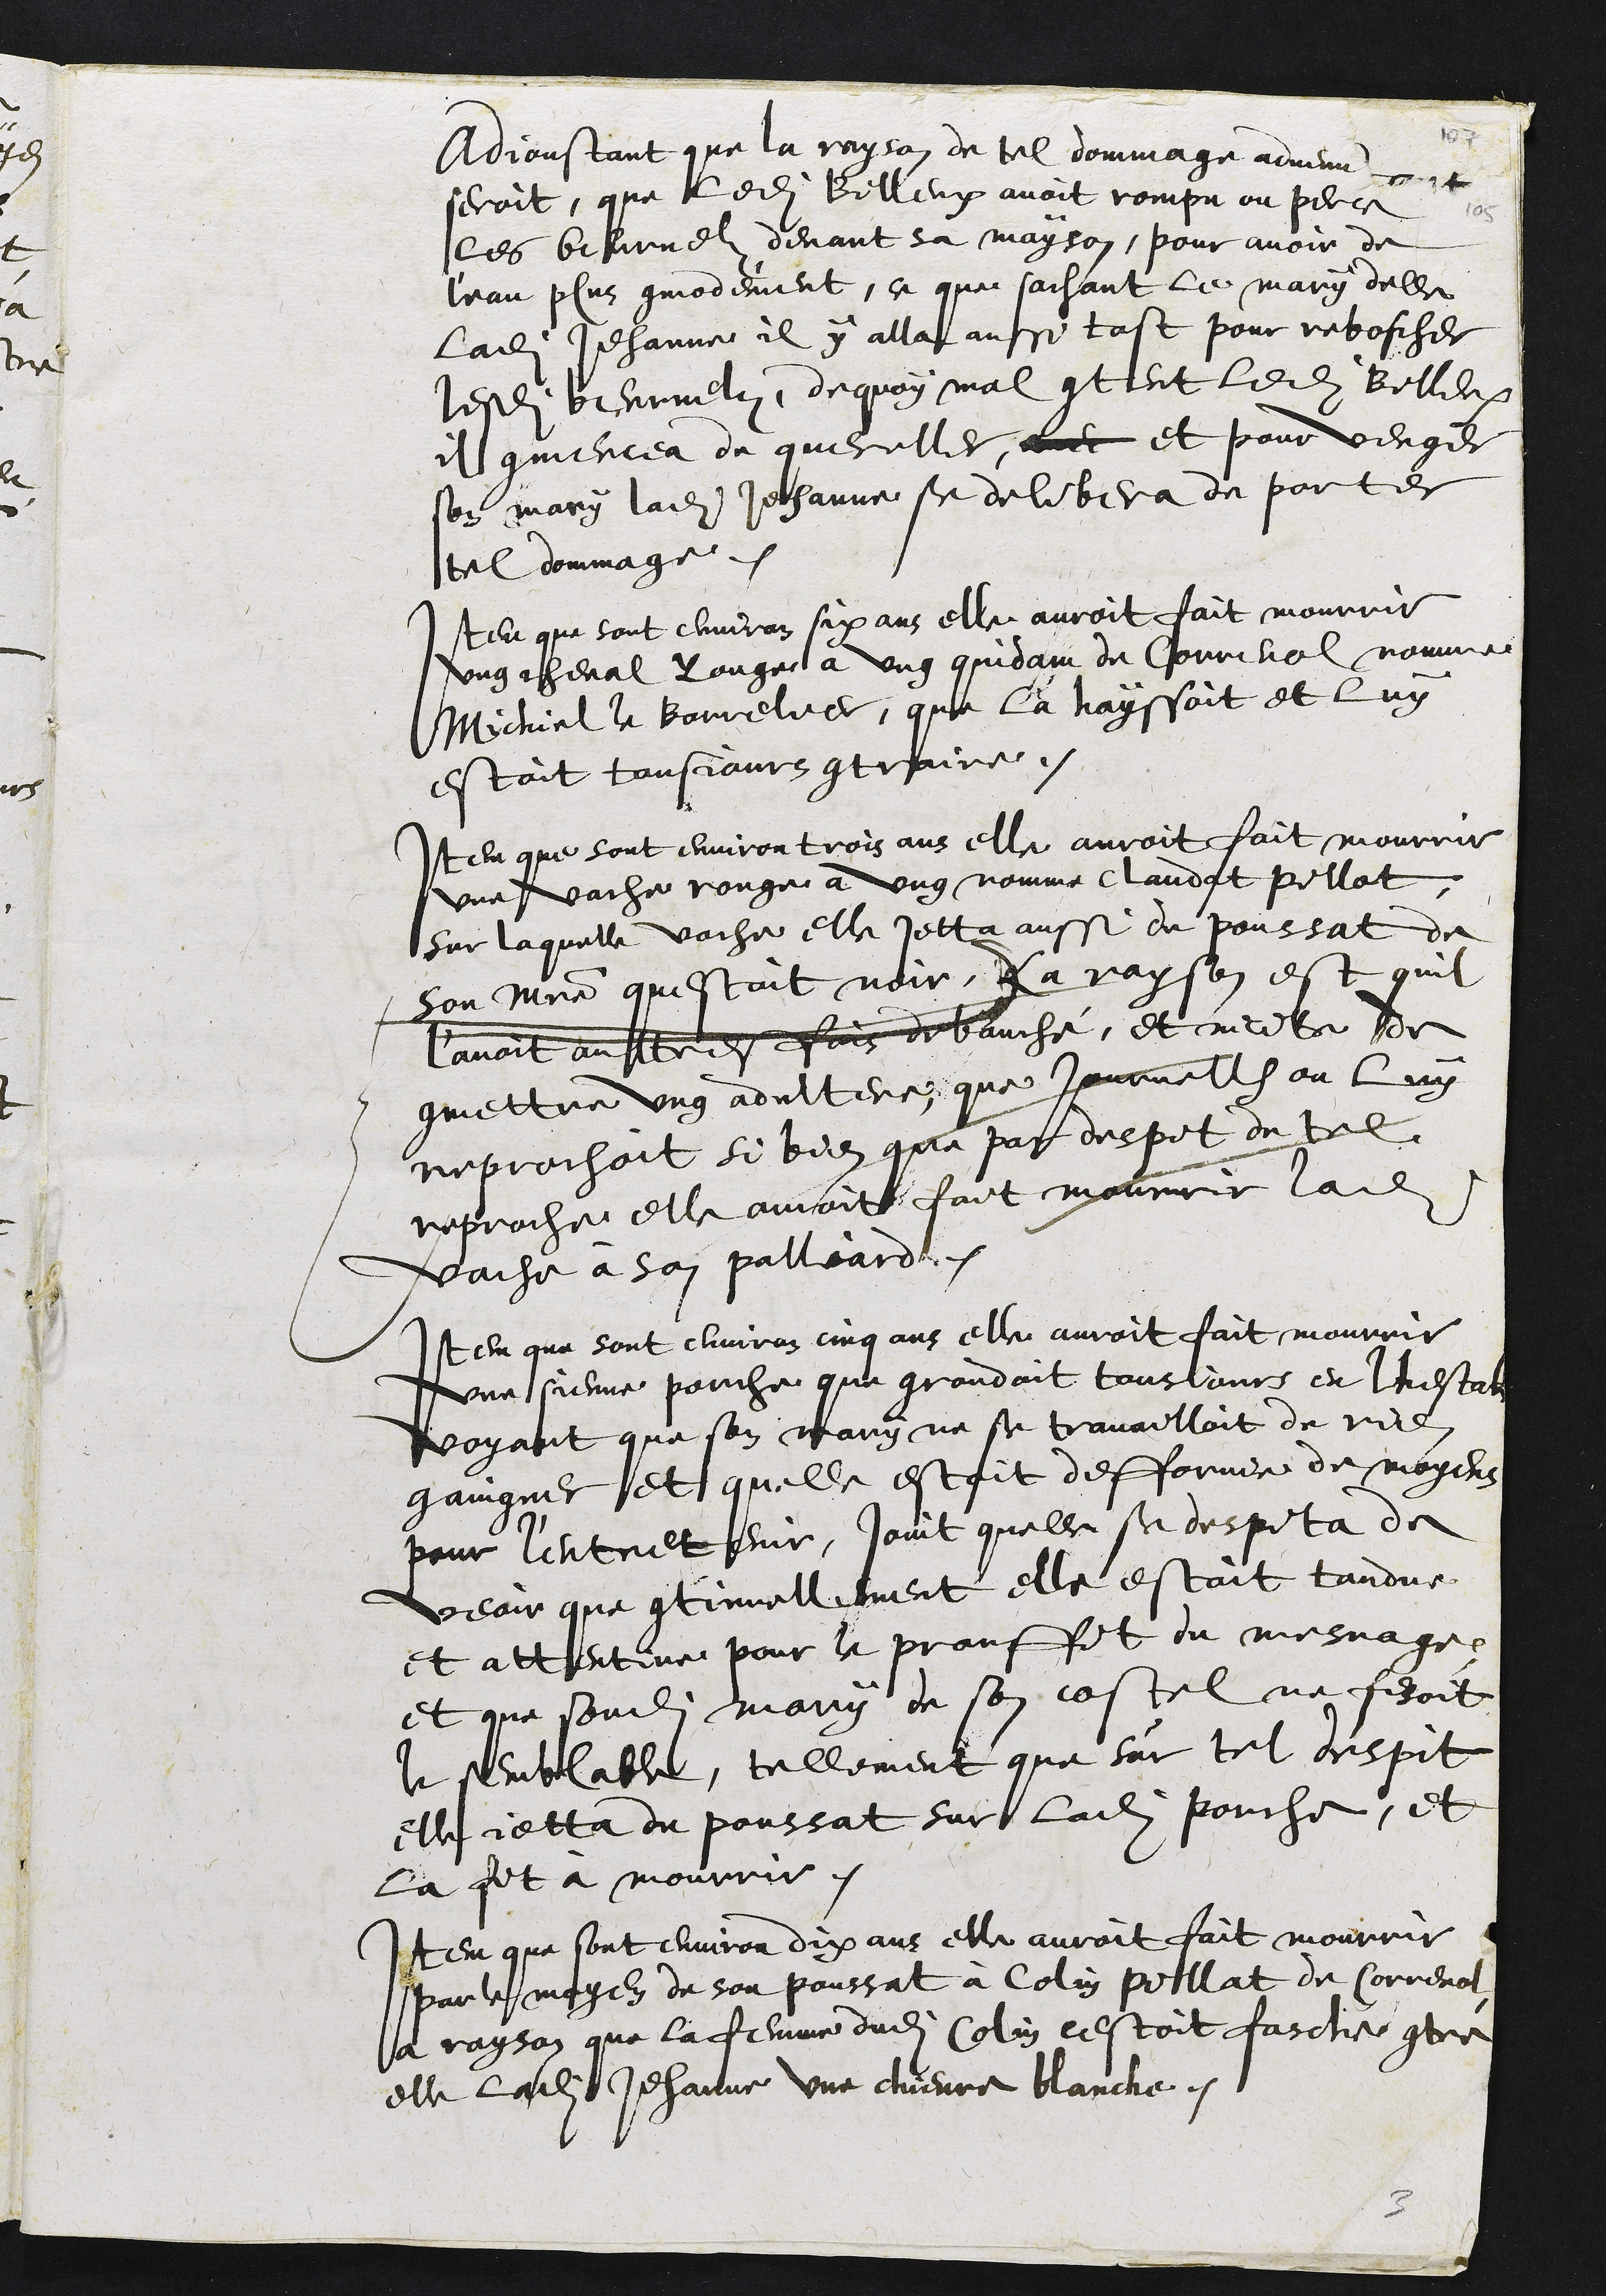
Adjoustant que la rayson de tel dommage advenu et
seroit, que ledit Billeux avoit rompu ou perce
les beurnelz devant sa mayson, pour avoir de
leau plus commodement, ce que sachant le mary delle
ladite Jehannee il y alla aussi tost pour reboscher
lesdits beurnelz, dequoy mal content ledit Billeux
il commencea de quereller, avec et pour venger
son mary ladite Jehanne se delibera de porter
tel dommage.
Item que sont environ six ans elle auroit fait mourrir
ung cheval rouge a ung quidam de Correnol nomme
Michiel le Borrelier, que la hayssoit et luy
estoit tousjours contraire.
Item que sont environ trois ans elle auroit fait mourrir
une vache rouge a ung nomme Claudat Pillat,
sur laquelle vache elle jetta aussi de poussat de
son maistre questoit noir, La rayson est quil
lavoit aultresfois debauché, et incite de
commettre ung adultere que journelle on luy
reprochoit si bien que par despit de tel
reproche elle avoit fait mourrir ladite
vache à son palliard
Item que sont environ cinq ans elle auroit fait mourrir
une sienne porche que grondoit tousjours en lhestable
voyant que son mary ne se travailloit de rien
gaingner et quelle estoit deffornie de moyens
pour l'entretenir, joint quelle se despita de
veoir que continuellement elle estoit tandue
et attentive pour le prouffit du mesnage
et que sondit mary de son costel ne fesoit
le semblable, tellement que sur tel despit
elle jetta du poussat sur ladite porche, et
la fit à mourrir.
Item que sont environ dix ans elle auroit fait mourrir
par le moyen de son poussat à Colin Pillat de Correnol
a rayson que la femme dudit Colin cestoit fasche contre
elle ladite Jehanne une chievre blanche.
3